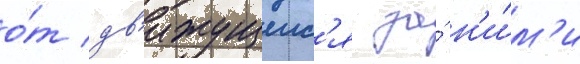
о́т дв'ижущеис'я за́ н'и́м'и